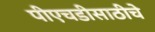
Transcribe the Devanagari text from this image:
पीएचडीसाठीचे